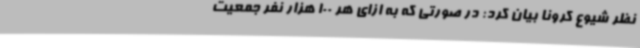
نظر شیوع کرونا بیان کرد: در صورتی که به ازای هر 100 هزار نفر جمعیت